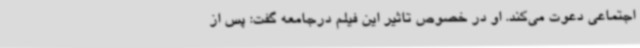
اجتماعی دعوت می‌کند. او در خصوص تاثیر این فیلم درجامعه گفت: پس از